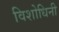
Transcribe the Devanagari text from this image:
विशोधिनी